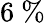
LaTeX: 6~\%